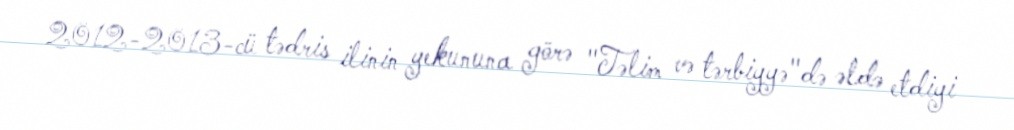
2012-2013-cü tədris ilinin yekununa görə "Təlim və tərbiyyə"də əldə etdiyi